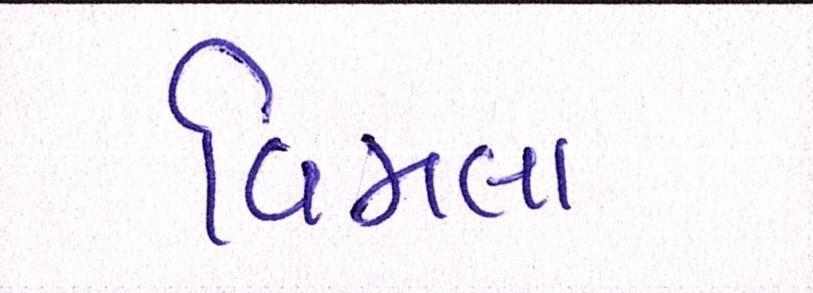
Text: વિમલા